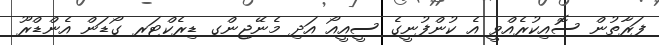
ފަރާތުން ސޮއިކުރެއްވީ އެ ކުންފުނީގެ ސީއީއޯ އަދި މެނޭޖިންގ ޑިރެކްޓަރ ގޯޑަން އެންޑްރޫ